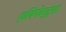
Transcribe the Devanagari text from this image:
एलिफेन्ट्स